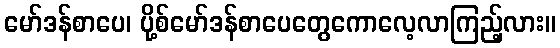
မော်ဒန်စာပေ၊ ပို့စ်မော်ဒန်စာပေတွေကောလေ့လာကြည့်လား။